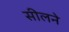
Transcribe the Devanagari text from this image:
सीलने